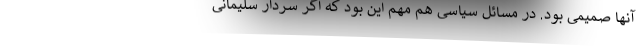
آنها صمیمی بود. در مسائل سیاسی هم مهم این بود که اگر سردار سلیمانی